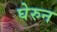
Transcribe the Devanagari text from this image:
घेरुन